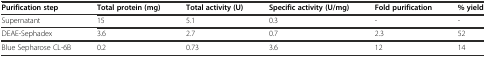
| Purification step | Total protein (mg) | Total activity (U) | Specific activity (U/mg) | Fold purification | % yield |
 | --- | --- | --- | --- | --- | --- |
 | Supernatant | 15 | 5.1 | 0.3 | - | - |
 | DEAE-Sephadex | 3.6 | 2.7 | 0.7 | 2.3 | 52 |
 | Blue Sepharose CL-6B | 0.2 | 0.73 | 3.6 | 12 | 14 |